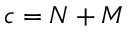
c = N + M